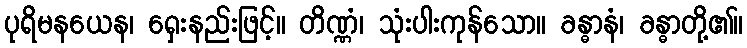
ပုရိမနယေန၊ ရှေးနည်းဖြင့်။ တိဏ္ဏံ၊ သုံးပါးကုန်သော။ ခန္ဓာနံ၊ ခန္ဓာတို့၏။